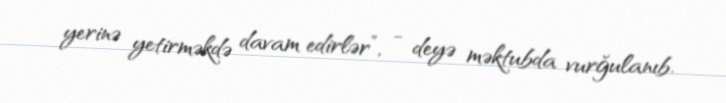
yerinə yetirməkdə davam edirlər”, - deyə məktubda vurğulanıb.